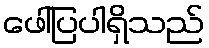
ဖေါ်ပြပါရှိသည်